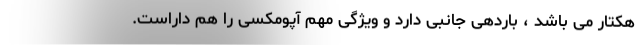
هکتار می باشد ، باردهی جانبی دارد و ویژگی مهم آپومکسی را هم داراست.